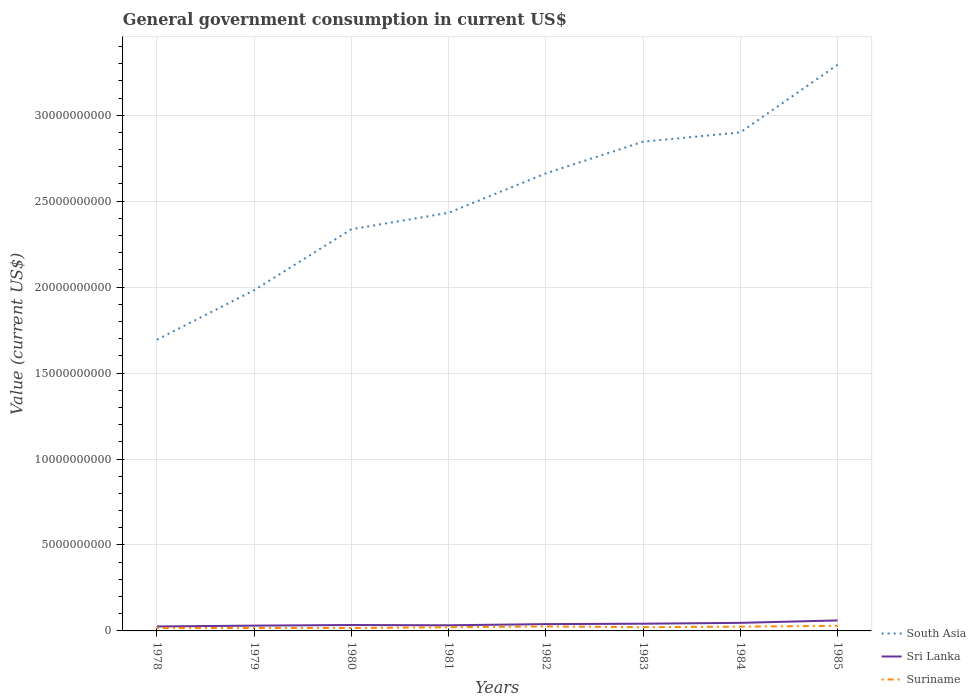
| Years | South Asia | Sri Lanka | Suriname |
 | --- | --- | --- | --- |
 | 1978 | 1.69e+10 | 2.59e+08 | 1.68e+08 |
 | 1979 | 1.98e+10 | 3.08e+08 | 1.72e+08 |
 | 1980 | 2.34e+10 | 3.44e+08 | 1.7e+08 |
 | 1981 | 2.43e+10 | 3.28e+08 | 2.16e+08 |
 | 1982 | 2.66e+10 | 3.96e+08 | 2.6e+08 |
 | 1983 | 2.85e+10 | 4.2e+08 | 2.19e+08 |
 | 1984 | 2.9e+10 | 4.69e+08 | 2.49e+08 |
 | 1985 | 3.29e+10 | 6.11e+08 | 2.94e+08 |